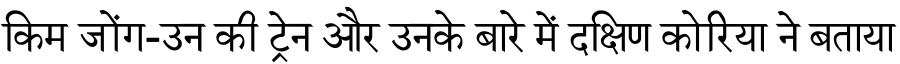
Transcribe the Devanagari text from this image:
किम जोंग-उन की ट्रेन और उनके बारे में दक्षिण कोरिया ने बताया